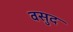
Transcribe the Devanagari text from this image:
वसुद